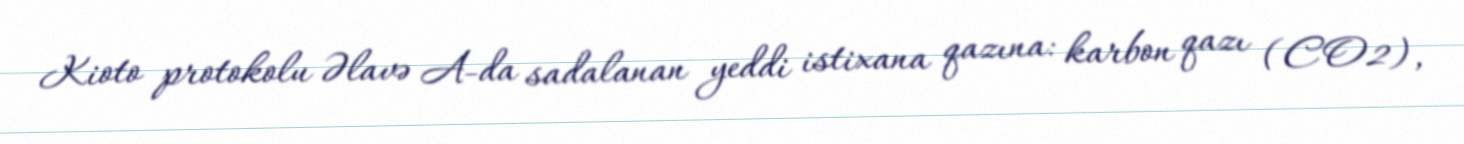
Kioto protokolu Əlavə A-da sadalanan yeddi istixana qazına: karbon qazı (CO2),